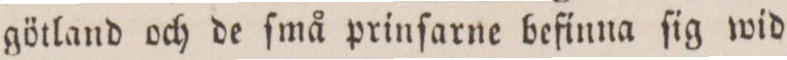
götland och de ſmå prinſarne befinna ſig wid